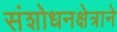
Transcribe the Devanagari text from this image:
संशोधनक्षेत्राने